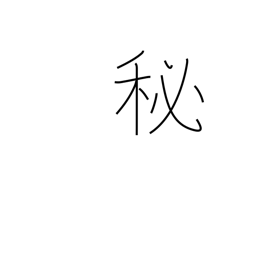
Meaning: secret